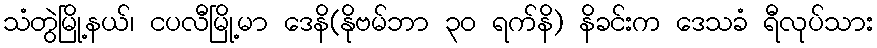
သံတွဲမြို့နယ်၊ ငပလီမြို့မာ ဒေနိ(နိုဗမ်ဘာ ၃၀ ရက်နိ) နိခင်းက ဒေသခံ ရီလုပ်သား